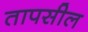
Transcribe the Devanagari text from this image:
तापसील